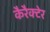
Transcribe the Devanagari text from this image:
कैरैक्टेर